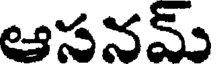
ఆసనమ్